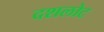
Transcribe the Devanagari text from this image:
दशलोट